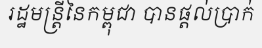
រដ្ឋមន្ត្រីនៃកម្ពុជា បានផ្តល់ប្រាក់